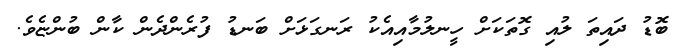
ބޮޑު ދައިތަ ލުއި ގޮތަކަށް ހީނލުމާއިއެކު ރަނގަޅަށް ބަނޑު ފުރެންދެން ކާން ބުންޏެވެ.